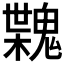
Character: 𩳶